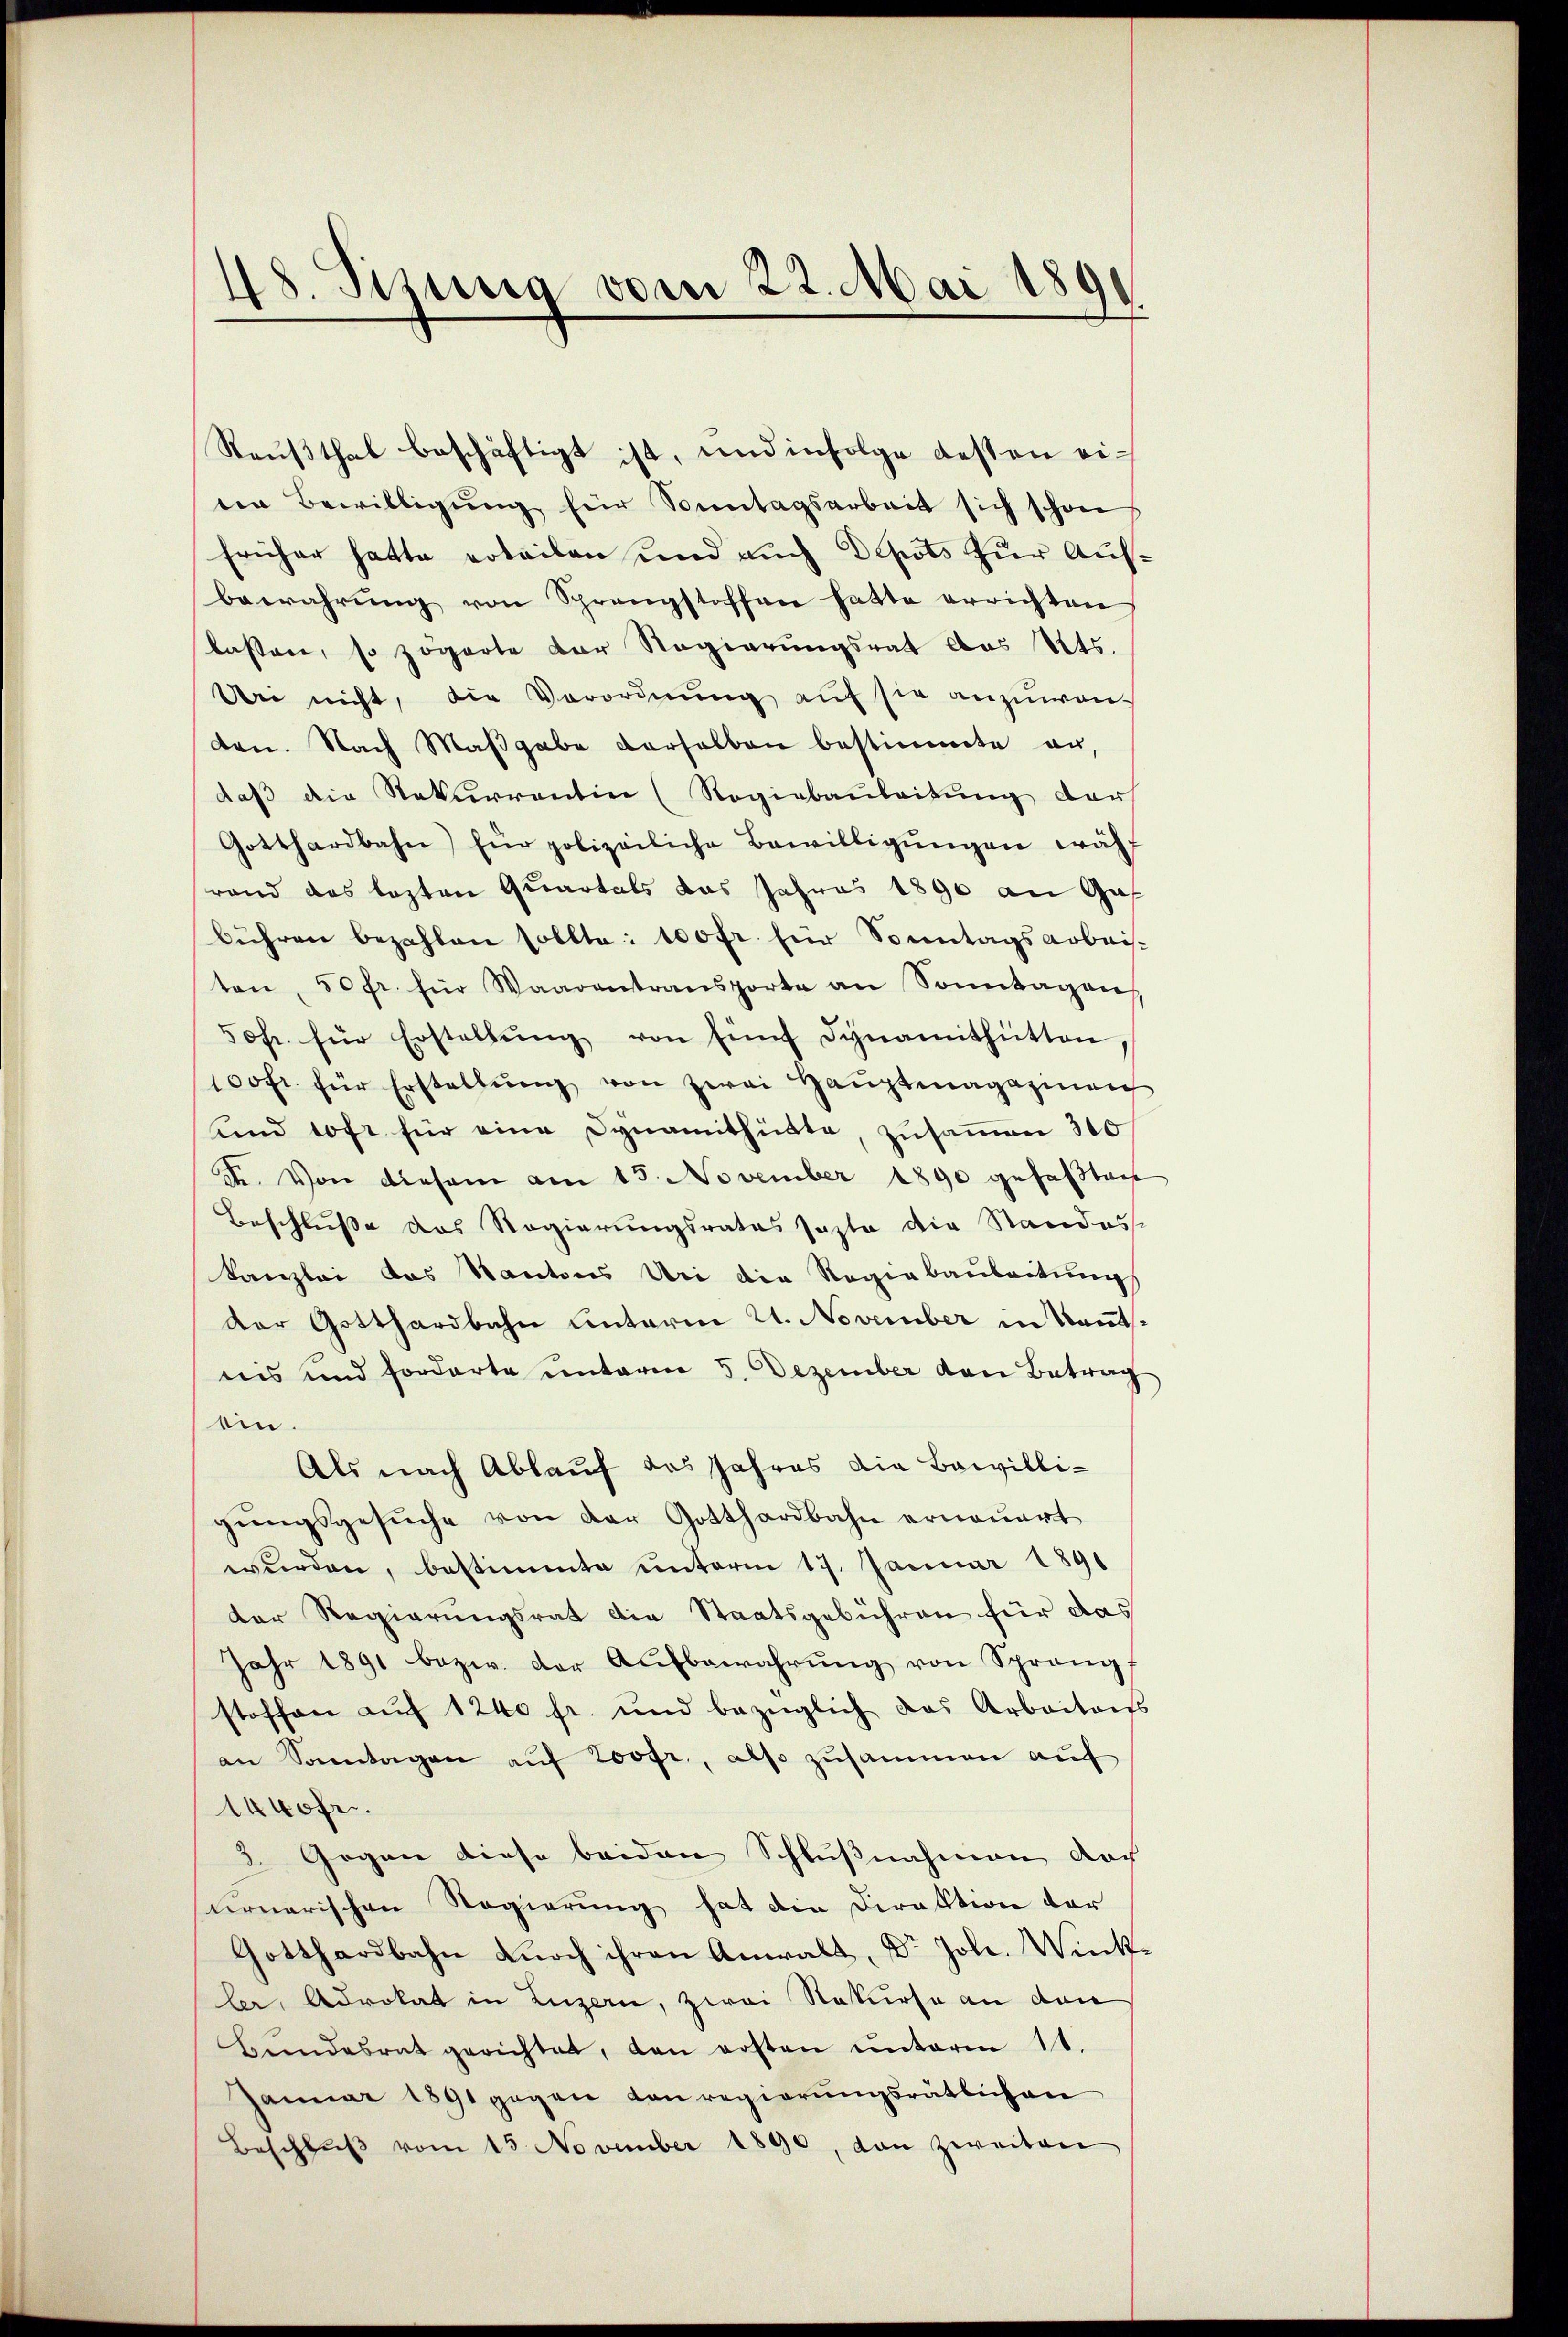
48. Sizung vom 22. Mai 1891

Raußthal beschäftigt ist, und infolge desten eiten Bewilligŭng für Sonntagsarbeit sich schon
früher hatte erteilen und auch Depots zur Ausbewahrŭng von Sprengstoffen hatte errichten
lassen, so zögerte der Regierungsrat des Kts.
Dei nicht, die Verordnung auf sie anzuwen-
den. Nach Maβgabe derselben bestimmte an,
daβ die Rekurrentin (Regiebaŭleitŭng darf
Gotthardbahn für polizeiliche Bewilligŭngen wähl
rand das lezten Quartals das Jahres 1890 an Gas
bühren bezahlen sollte: 100 fr. für Sonntagsarbeisten, 50 fr. für Waarentransporte an Sonntagen
50fr. für Erstellŭng von fünf dynamithütten
100fr. für Erstellŭng von zwei Haŭptmagazinen
und 10fr. für eine Dynamithütte, zusammen 300
d. Von diesem am 15. November 1890 gefaßtent
Beschluße das Regierungsrates sagte die Standass
kanzlei das Kantons Uri die Regigbaubaitungs
der Gotthardbahn einterm 21. November in Kantsins und forderte unterm 5. Dezember von Betrag
ein.
Als nach Ablauf das Jahres die Bewilligŭngsgesŭche von der Gotthardbahn erneuert
wurden, bestimmte unterm 17. Januar 1891
der Regierungsrat die Staatsgebühren für das
Jahr 1891 bezw. der Aufbewahrŭng von Sprang
stoffen auf 1240 fr. und bezüglich das Arbeitens
an Sonntagen aŭf 200fr., also zusammen auf
1400fr.
3. Gegen diese beiden Schlußnahmen doch
ernarischen Regierung hat die Direktion der
Gotthardbahn noch ihren Anwalt, Dr. Joh. Winkler, Advokat in Luzern, zwei Rekurse an den
Bŭndesrat gerichtet, dan ersten ŭnterm 11.
Januar 1891 gegen Konregierungsrätlichen
Beschlŭβ vom 15. November 1890, dan zweiten